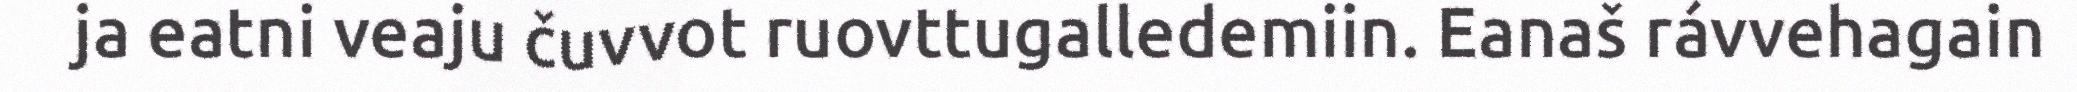
ja eatni veaju čuvvot ruovttugalledemiin. Eanaš rávvehagain